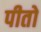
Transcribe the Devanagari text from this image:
पीतो